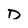
Character: D